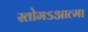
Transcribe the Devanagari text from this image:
स्तोमऽआत्मा